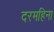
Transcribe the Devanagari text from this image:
दरमहिना